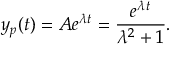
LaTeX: y _ { p } ( t ) = A e ^ { \lambda t } = { \frac { e ^ { \lambda t } } { \lambda ^ { 2 } + 1 } } .